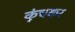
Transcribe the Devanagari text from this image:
कूंचकर